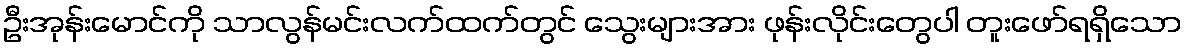
ဦးအုန်းမောင်ကို သာလွန်မင်းလက်ထက်တွင် သွေးများအား ဖုန်းလိုင်းတွေပါ တူးဖော်ရရှိသော